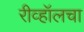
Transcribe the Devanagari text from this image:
रीव्हॉलचा